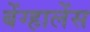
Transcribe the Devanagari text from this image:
बेंग्हालेंस